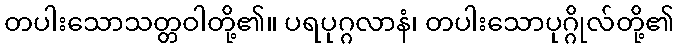
တပါးသောသတ္တဝါတို့၏။ ပရပုဂ္ဂလာနံ၊ တပါးသောပုဂ္ဂိုလ်တို့၏